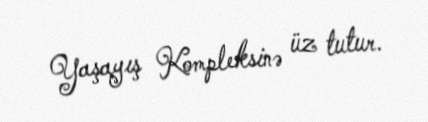
Yaşayış Kompleksinə üz tutur.